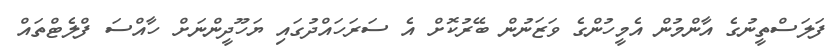
ފަލަސްތީނުގެ އާންމުން އެމީހުންގެ ވަޒަނުން ބޭރުކޮށް އެ ސަރަހައްދުގައި ޔަހޫދީންނަށް ހާއްސަ ފްލެޓްތައް